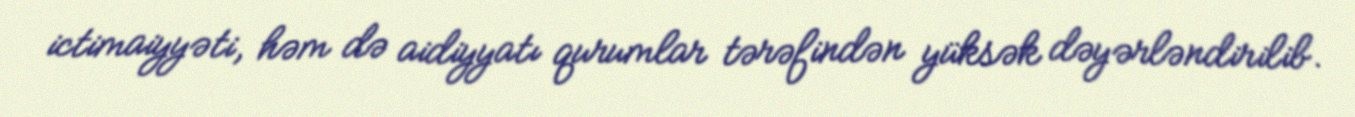
ictimaiyyəti, həm də aidiyyatı qurumlar tərəfindən yüksək dəyərləndirilib.